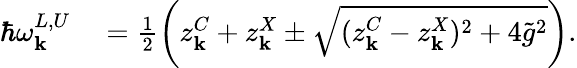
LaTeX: \begin{array}{rl}{\hbar\omega_{\mathbf k}^{L,U}}&{{}=\frac{1}{2}\left(z_{\mathbf k}^{C}+z_{\mathbf k}^{X}\pm\sqrt{(z_{\mathbf k}^{C}-z_{\mathbf k}^{X})^{2}+4\tilde{g}^{2}}\right).}\end{array}